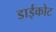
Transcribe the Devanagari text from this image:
डाईकोट